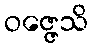
ဝဇ္ဇေသိ